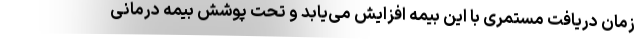
زمان دریافت مستمری با این بیمه افزایش می‌یابد و تحت پوشش بیمه درمانی